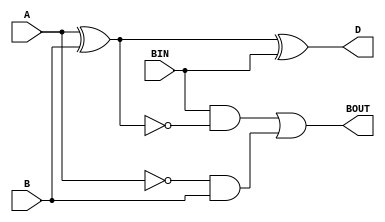
module FSUB(
    input A,
    input B,
    input BIN,
    output reg D,
    output reg BOUT
    );
always @(A or B or BIN)
begin
D = A ^ B ^ BIN;
BOUT= BIN & ~(A ^ B) | ~A & B;
end  

endmodule